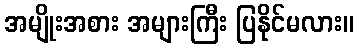
အမျိုးအစား အများကြီး ပြနိုင်မလား။